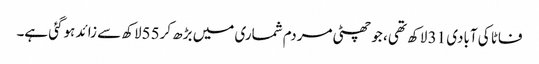
فاٹا کی آبادی 31 لاکھ تھی ، جو چھٹی مردم شماری میں بڑھ کر55لاکھ سے زائد ہوگئی ہے۔